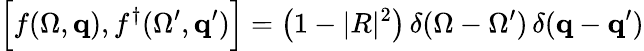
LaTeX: \Big[f(\Omega,{\mathbf q}),f^{\dagger}(\Omega^{\prime},{\mathbf q}^{\prime})\Big]=\big(1-|R|^{2}\big)\, \delta(\Omega-\Omega^{\prime})\, \delta({\mathbf q}-{\mathbf q}^{\prime})